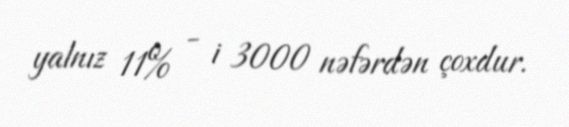
yalnız 11% - i 3000 nəfərdən çoxdur.